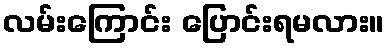
လမ်းကြောင်း ပြောင်းရမလား။